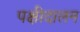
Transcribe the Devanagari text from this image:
पक्षीदालन